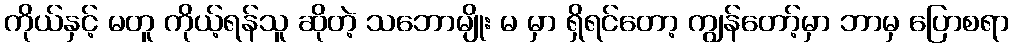
ကိုယ်နှင့် မတူ ကိုယ့်ရန်သူ ဆိုတဲ့ သဘောမျိုး မ မှာ ရှိရင်တော့ ကျွန်တော့်မှာ ဘာမှ ပြောစရာ